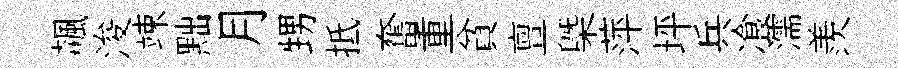
飆浚竦黜月甥抵奮重貧亶㮣萍坪兵飡濡羨